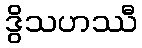
ဒွိသဟဿီ